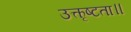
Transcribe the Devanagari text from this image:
उत्कृष्टता॥